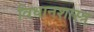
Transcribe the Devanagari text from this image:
विधानशास्त्र